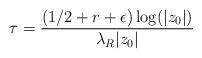
LaTeX: \begin{align*} \tau = \frac{(1/2 + r + \epsilon)\log(|z_0|)}{\lambda_R |z_0|}\end{align*}